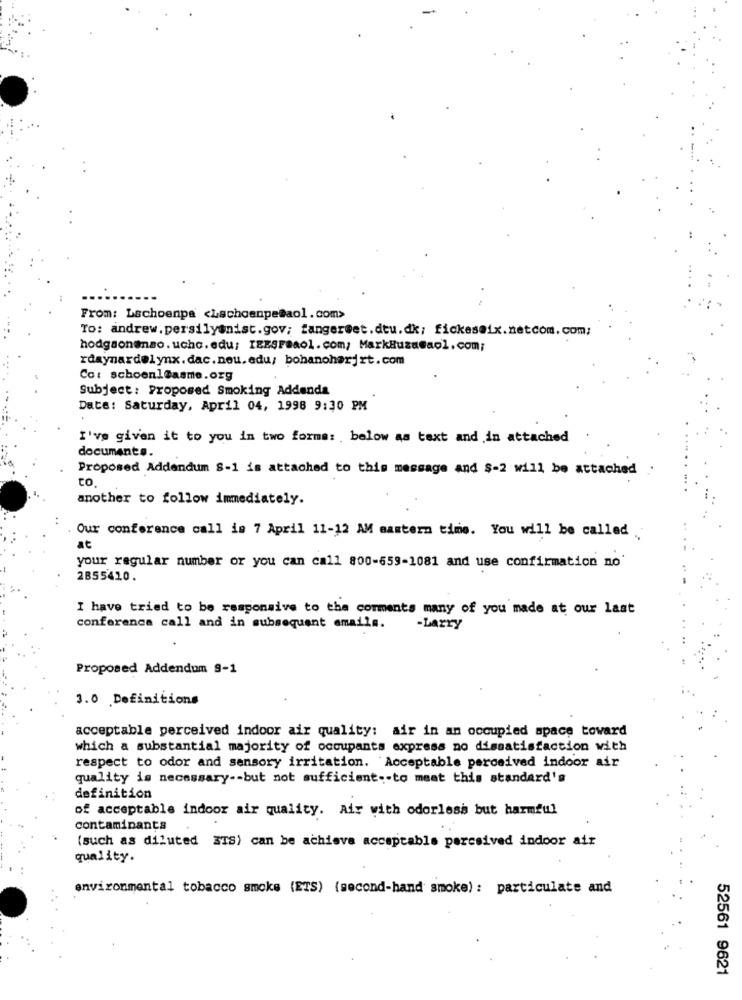
From: Lschoenpa <Lschoenpe@aol.com>
To: andrew.persilyonist.gov; fanger@et.deu.dk; fickeseix.netcom.com;
hodgsonenso. ucho. edu: IEESFaaol. com/ MarkBuza@aol.com;
rdaynardelynx.dac.nou.edu/ bohanoharjrt.com
Co: schoenl@asme.org
Subject: Proposed Smoking Addenda
Date: Saturday, April 04, 1998 9:30 PM
I've given it to you in two forma: below as text and in attached
documents.
Proposed Addendum 8-1 is attached to this message and $-2 will be attached
to
another to follow immediately.
Our conference call is 7 April 11-12 AM eastern time. You will be called
at
your regular number or you can call 800-659-1081 and use confirmation no'
2B55420.
I have tried to be responsive to the comments many of you made at our last
conference call and in subsequent emails.
-Larry
Proposed Addendum 9-1
3.0 Definitions
acceptable perceived indoor air quality: air in an occupied space toward
which a substantial majority of occupants express no dissatisfaction with
respect to odor and sensory irritation. Acceptable perceived indoor air
quality is necessary -- but not sufficient .- to meat this standard's
definition
of acceptable indoor air quality. Air with odorless but harmful
contaminants
(such as diluted 3IS) can be achieve acceptable perceived indoor air
quality.
environmental tobacco smoke (ETS) (second-hand smoke) : particulate and
52561 9621